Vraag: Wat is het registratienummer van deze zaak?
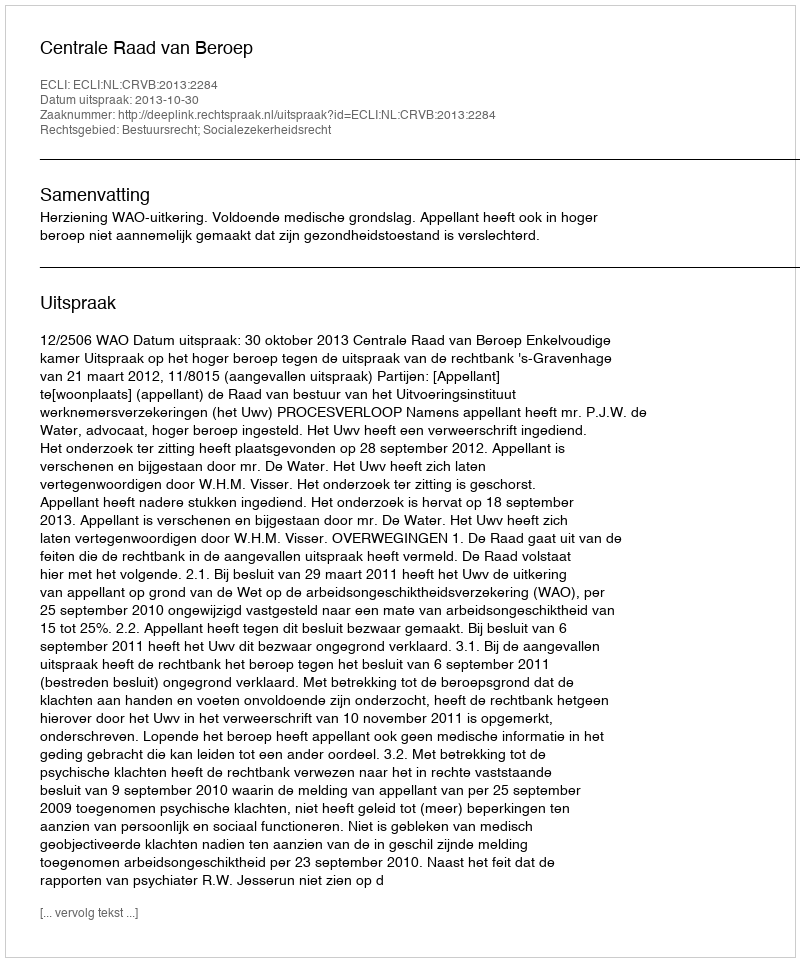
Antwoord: http://deeplink.rechtspraak.nl/uitspraak?id=ECLI:NL:CRVB:2013:2284